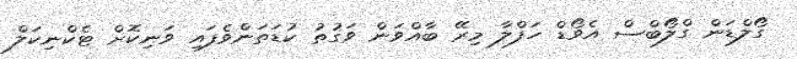
ގޯލްޑަން ގްލޯބްސް އެވޯޑް ހަފްލާ މިރޭ ބާއްވަން ވަގުތު ކުޑަތަންވެފައި ވަނިކޮށް ޓެކްނިކަލް